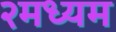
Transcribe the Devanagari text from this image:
२मध्यम